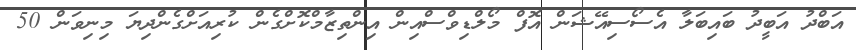
އަބްދު އަބީދު ބައިބަލާ އެސޯސިއޭޝަން އޮފް މޯލްޑިވްސްއިން އިންތިޒާމްކޮށްގެން ކުރިއަށްގެންދިޔަ މިނިވަން 50